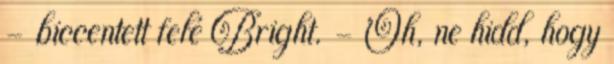
– biccentett felé Bright. - Oh, ne hidd, hogy